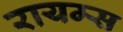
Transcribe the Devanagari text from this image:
रायम्स